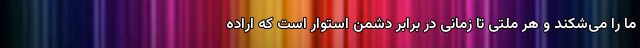
ما را می‌شکند و هر ملتی تا زمانی در برابر دشمن استوار است که اراده